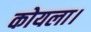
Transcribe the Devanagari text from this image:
कोयला।